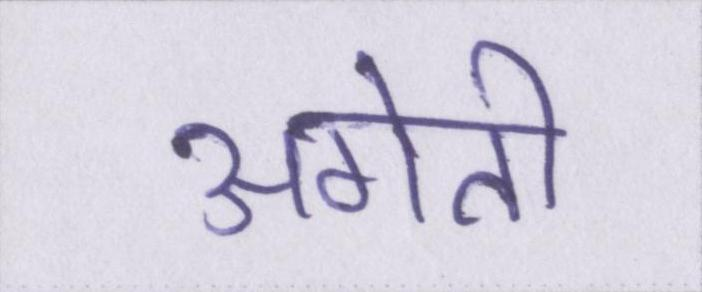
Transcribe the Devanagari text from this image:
अगेती